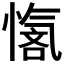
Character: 𪬣